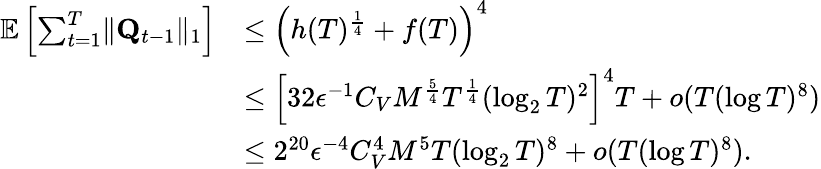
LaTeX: \begin{array}{rl}{\mathbb E\left[\sum_{t=1}^{T}\lVert\mathbf Q_{t-1}\rVert_{1}\right]}&{\le\left(h(T)^{\frac 14}+f(T)\right)^{4}}\\ &{\le\left[32\epsilon^{-1}C_{V}M^{\frac 54}T^{\frac 14}(\log_{2}T)^{2}\right]^{4}T+o(T(\log T)^{8})}\\ &{\le 2^{20}\epsilon^{-4}C_{V}^{4}M^{5}T(\log_{2}T)^{8}+o(T(\log T)^{8}).}\end{array}